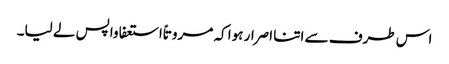
اس طرف سے اتنا اصرار ہوا کہ مروتاً استعفا واپس لے لیا۔